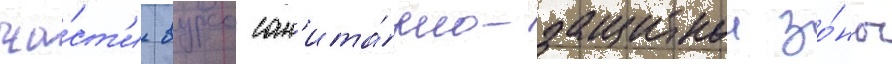
ча́ст'и вурса сан'ита́рно-защитнои зо́ны